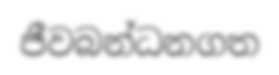
ජීවබන්ධනගත